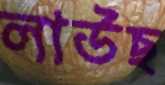
লাউছ